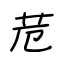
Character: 苊